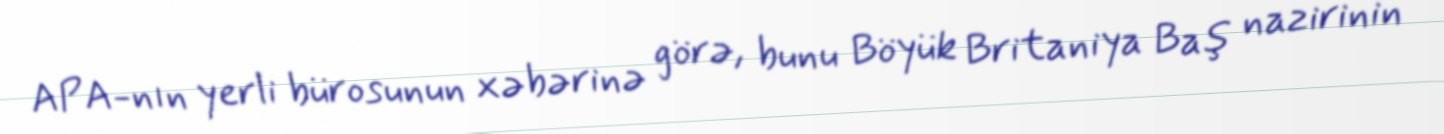
APA-nın yerli bürosunun xəbərinə görə, bunu Böyük Britaniya Baş nazirinin